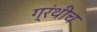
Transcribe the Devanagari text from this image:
ग्रंथीच